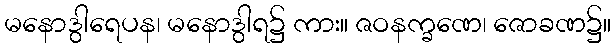
မနောဒွါရေပန၊ မနောဒွါရ၌ ကား။ ဇဝနက္ခဏေ၊ ဇောခဏ၌။